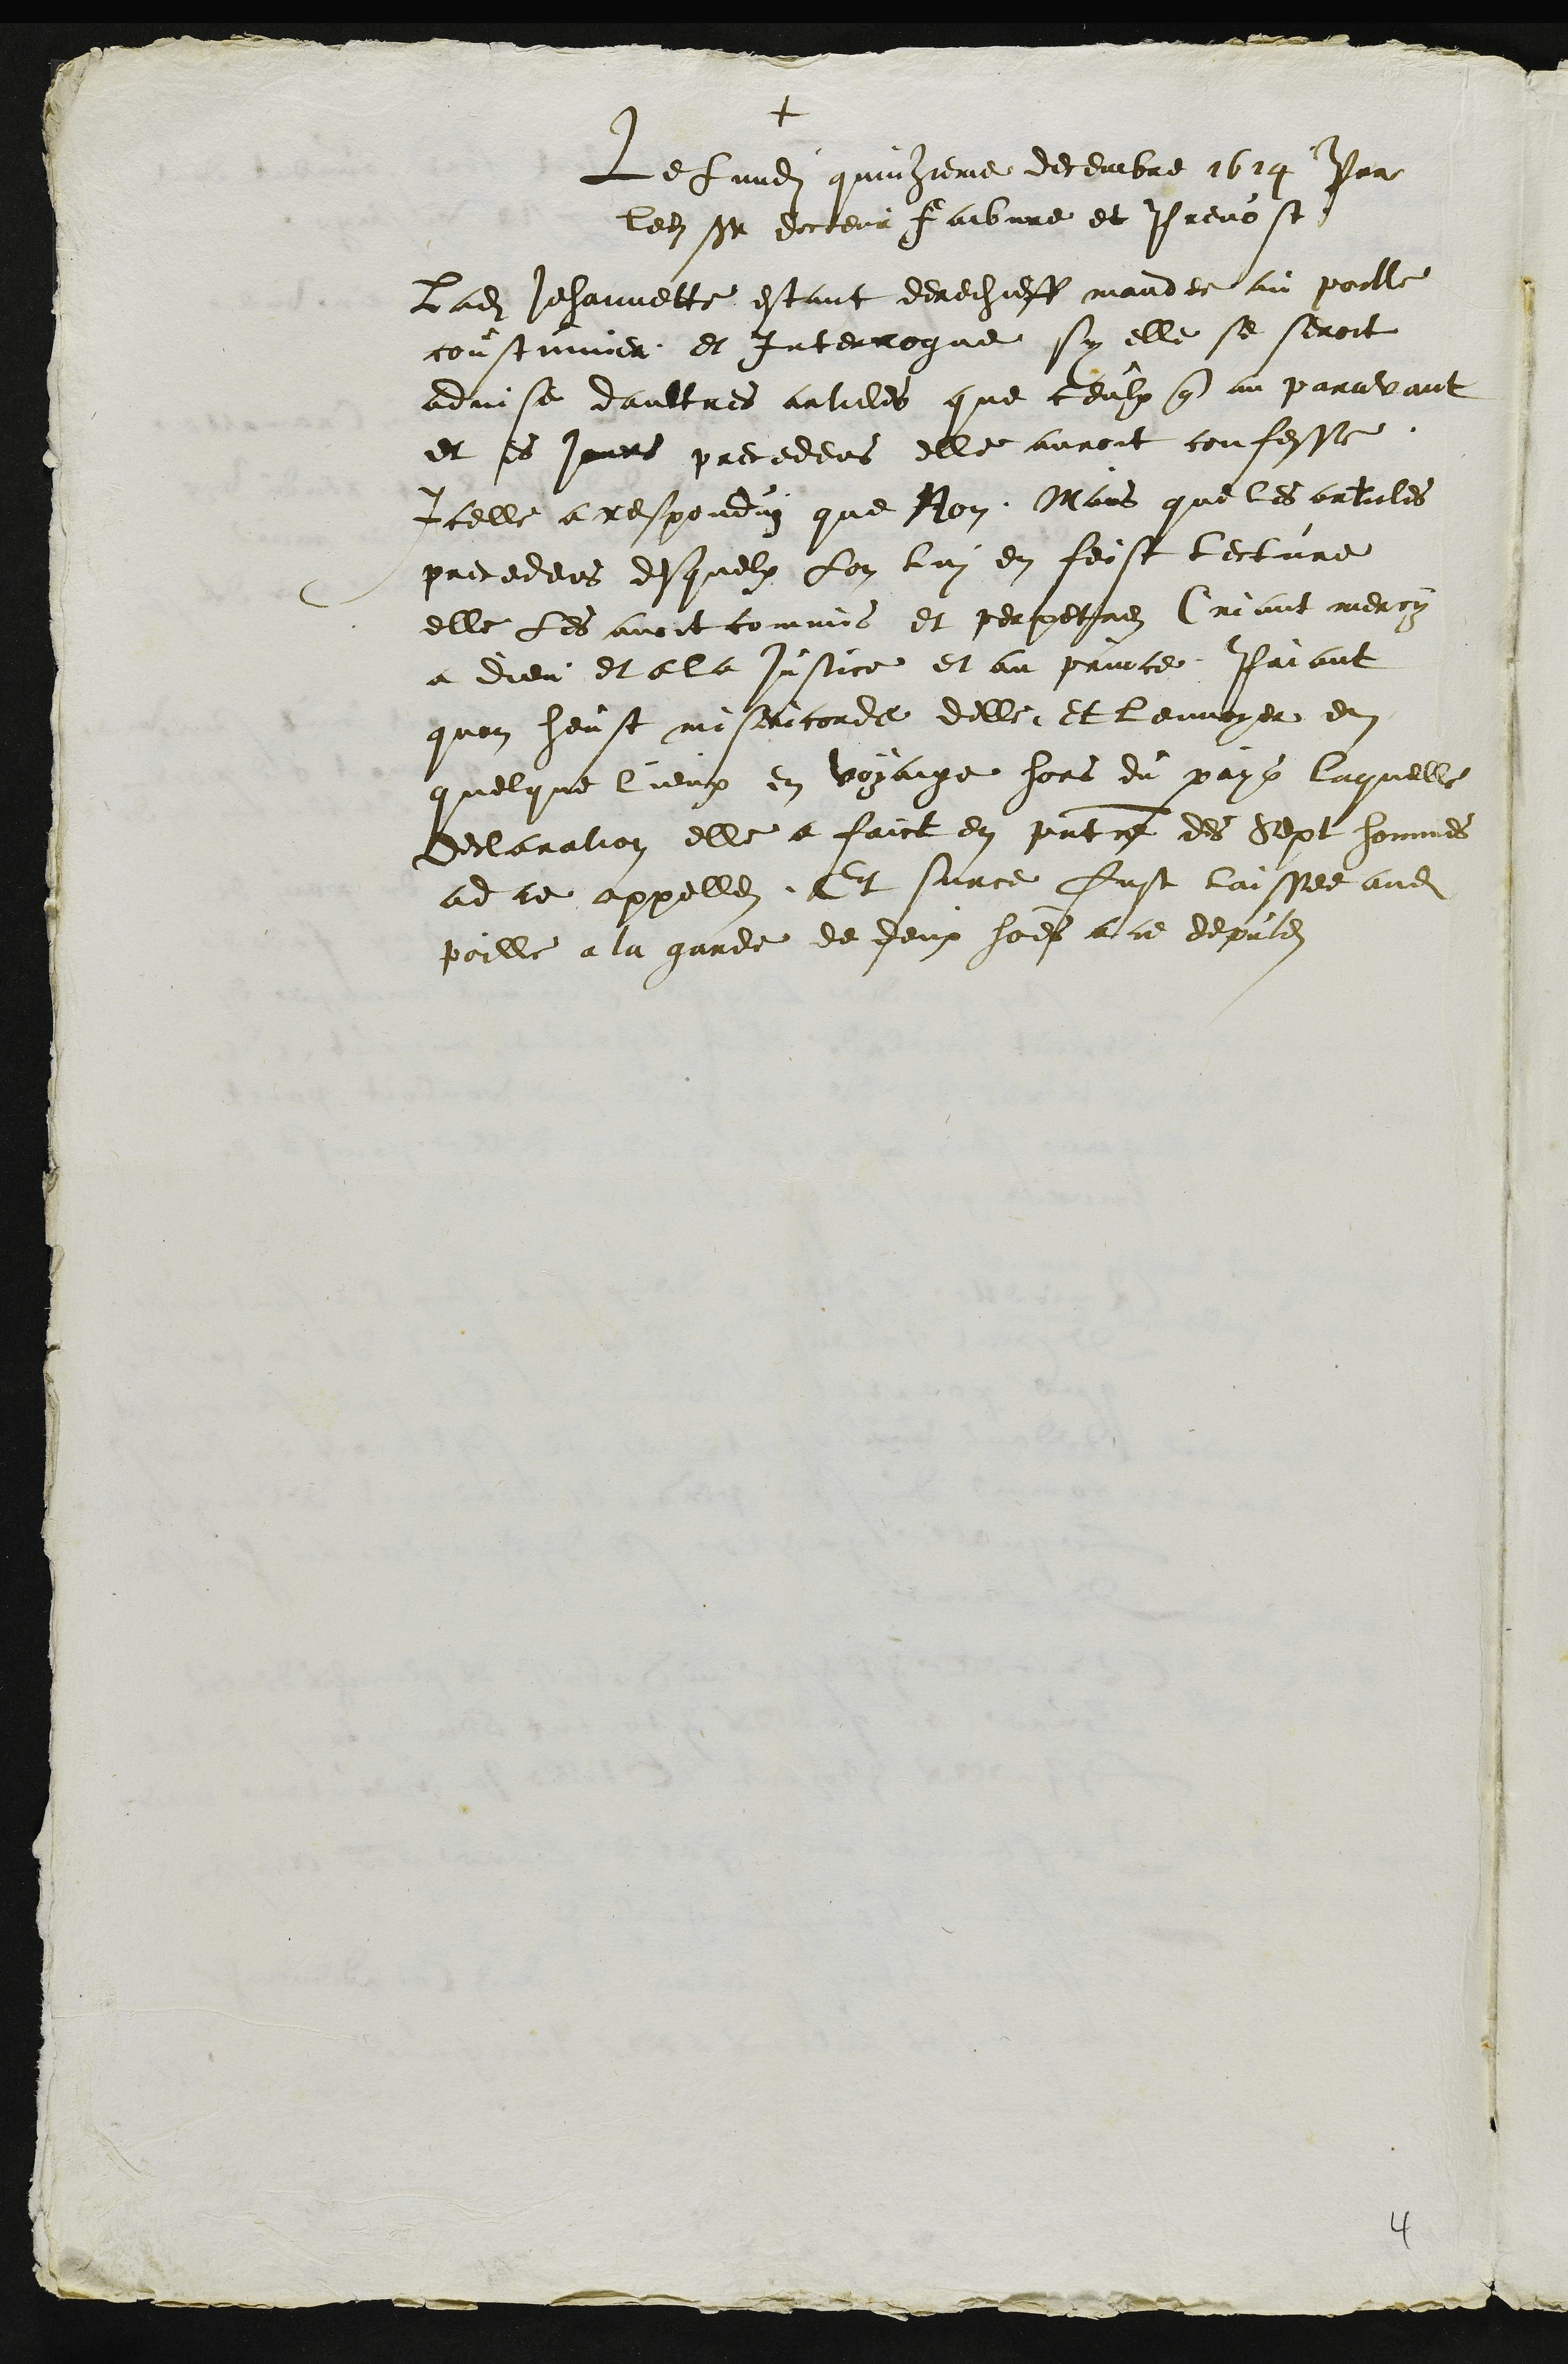
+
Le lundi quinzieme decembre 1614 Par
ledit Sieur docteur faibvre et Prevost
Ladite Jehannette estant derechieff mandee au poille
coustumier et interrogue sy elle se seroit
advise daultres articles que ceulx que au paravant
et es jours precedens elle auroit confesse
Icelle a responduz que Non. Mais que les articles
precedens desquelx lon lui en feist lecture
elle les avoit commis et perpetres Criant mercy
a dieu et a la justice et au prince Priant
quon heust misericorde delle et lenvoyer en
quelque lieux en voyaige hors du pays laquelle
declaration elle a faict en prntce des sept hommes
ad ce appelles. Et surce fust laissee audit
poille a la garde de deux hommes a ce deputes